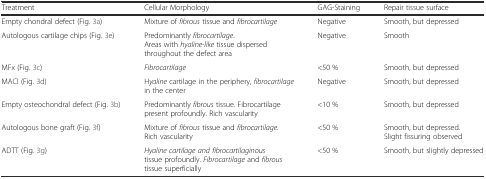
<table><thead><tr><td><b>Treatment</b></td><td><b>Cellular Morphology</b></td><td><b>GAG-Staining</b></td><td><b>Repair tissue surface</b></td></tr></thead><tbody><tr><td>Empty chondral defect (Fig. 3a)</td><td>Mixture of <i>fibrous</i> tissue and <i>fibrocartilage</i></td><td>Negative</td><td>Smooth, but depressed</td></tr><tr><td>Autologous cartilage chips (Fig. 3e)</td><td>Predominantly <i>fibrocartilage</i>. Areas with <i>hyaline</i>-<i>like</i> tissue dispersed throughout the defect area</td><td>Negative</td><td>Smooth</td></tr><tr><td>MFx (Fig. 3c)</td><td><i>Fibrocartilage</i></td><td>&lt;50 %</td><td>Smooth, but depressed</td></tr><tr><td>MACI (Fig. 3d)</td><td>H<i>yaline</i> cartilage in the periphery, <i>fibrocartilage</i> in the center</td><td>Negative</td><td>Smooth, but depressed</td></tr><tr><td>Empty osteochondral defect (Fig. 3b)</td><td>Predominantly <i>fibrous</i> tissue. Fibrocartilage present profoundly. Rich vascularity</td><td>&lt;10 %</td><td>Smooth, but depressed</td></tr><tr><td>Autologous bone graft (Fig. 3f)</td><td>Mixture of <i>fibrous</i> tissue and <i>fibrocartilage</i>. Rich vascularity</td><td>&lt;50 %</td><td>Smooth, but depressed. Slight fissuring observed</td></tr><tr><td>ADTT (Fig. 3g)</td><td><i>Hyaline cartilage and fibrocartilaginous</i> tissue profoundly. <i>Fibrocartilage</i> and <i>fibrous</i> tissue superficially</td><td>&lt;50 %</td><td>Smooth, but slightly depressed</td></tr></tbody></table>